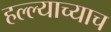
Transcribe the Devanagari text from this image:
हल्ल्याच्याच